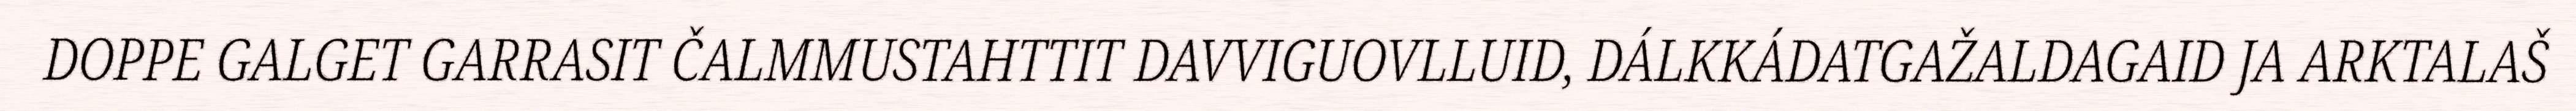
DOPPE GALGET GARRASIT ČALMMUSTAHTTIT DAVVIGUOVLLUID, DÁLKKÁDATGAŽALDAGAID JA ARKTALAŠ